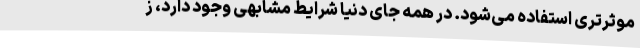
موثرتری استفاده می‌شود. در همه جای دنیا شرایط مشابهی وجود دارد، ز